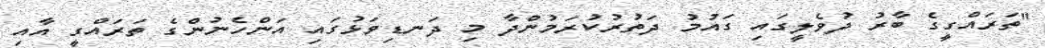
"ތަރައްގީގެ ބާރު ދުވެލީގައި ގައުމު ދަތުރުކުރަމުންދާ މި ދަނޑިވަޅުގައި އަންހެނުންގެ ތަރައްގީ އާއި